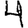
Digit: 4